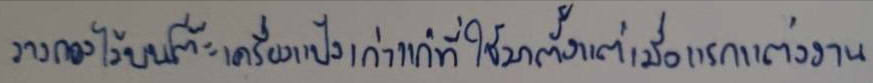
วางกองไว้บนโต๊ะเครื่องแป้งเก่าแก่ที่ใช้มาตั้งแต่เมื่อแรกแต่งงาน